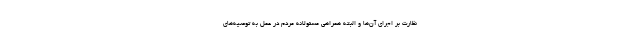
نظارت بر اجرای آن‌ها و البته همراهی مسئولانه مردم در عمل به توصیه‌های